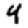
Digit: 4